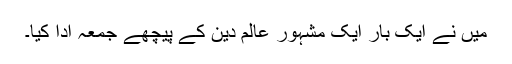
میں نے ایک بار ایک مشہور عالم دین کے پیچھے جمعہ ادا کیا۔